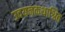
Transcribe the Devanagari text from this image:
उदयनकथाश्रित